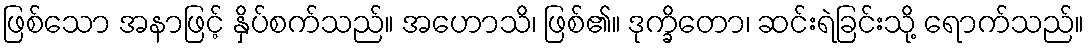
ဖြစ်သော အနာဖြင့် နှိပ်စက်သည်။ အဟောသိ၊ ဖြစ်၏။ ဒုက္ခိတော၊ ဆင်းရဲခြင်းသို့ ရောက်သည်။